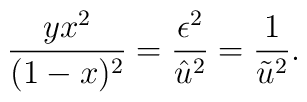
\frac{y x^2}{(1-x)^2}=\frac{\epsilon^2}{\hat{u}^2}=\frac{1}{\tilde{u}^2}.